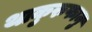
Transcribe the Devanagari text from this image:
थाकुरुफानु